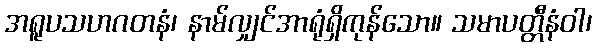
အရူပသဟဂတနံ၊ နာမ်လျှင်အာရုံရှိကုန်သော။ သမာပတ္တီနံဝါ၊